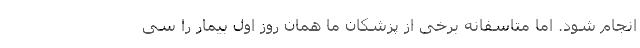
انجام شود. اما متاسفانه برخی از پزشکان ما همان روز اول بیمار را سی